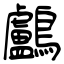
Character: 鸕